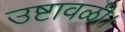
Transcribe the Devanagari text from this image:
उष्टावळी।